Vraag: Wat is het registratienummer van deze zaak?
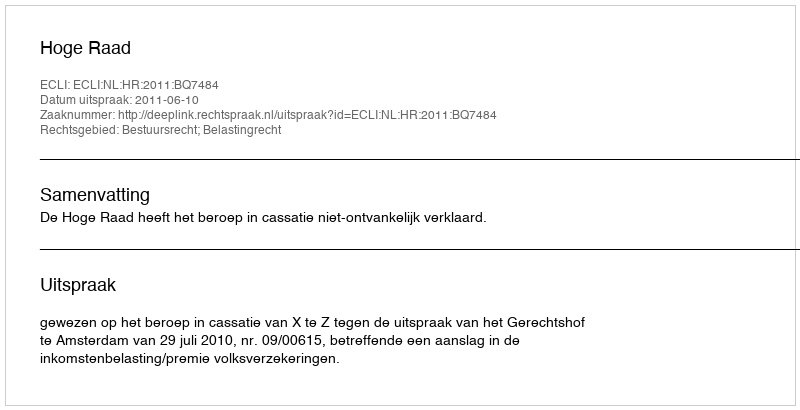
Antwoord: http://deeplink.rechtspraak.nl/uitspraak?id=ECLI:NL:HR:2011:BQ7484